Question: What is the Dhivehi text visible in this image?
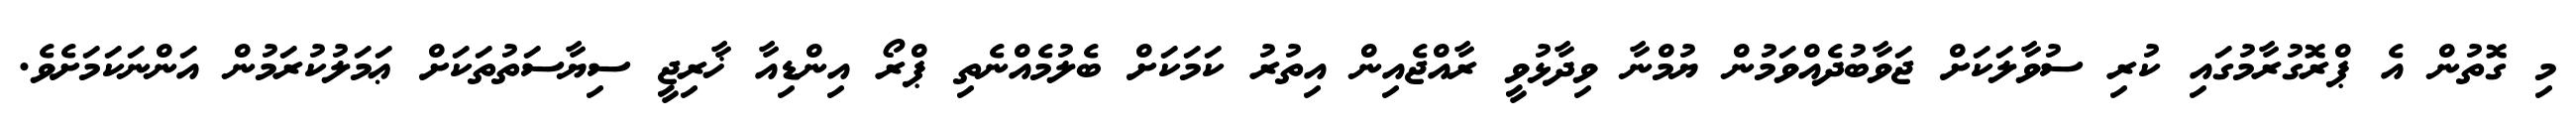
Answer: މި ގޮތުން އެ ޕްރޮގުރާމުގައި ކުރި ސުވާލަކަށް ޖަވާބުދެއްވަމުން ޔުމްނާ ވިދާޅުވީ ރާއްޖެއިން އިތުރު ކަމަކަށް ބެލުމެއްނެތި ޕްރޯ އިންޑިއާ ޚާރިޖީ ސިޔާސަތުތަކަށް ޢަމަލުކުރަމުން އަންނަކަމަށެވެ.